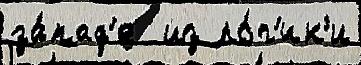
за́пад'е  из ло́г'ик'и